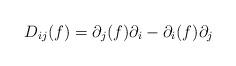
LaTeX: \begin{align*}D_{ij}(f)=\partial_j(f)\partial_i-\partial_i(f)\partial_j\end{align*}